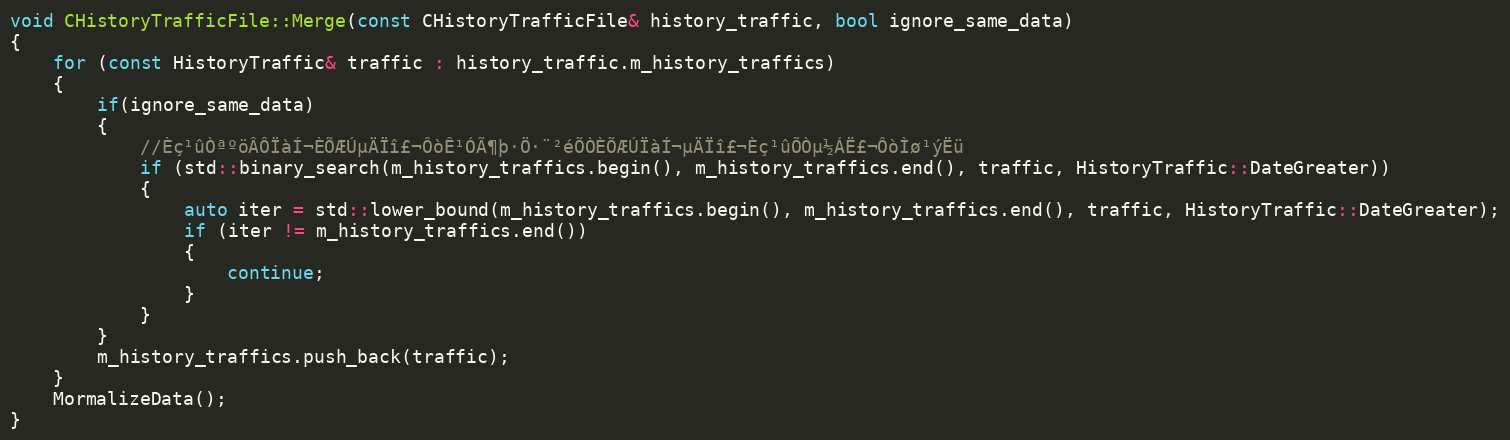
Language: C++
void CHistoryTrafficFile::Merge(const CHistoryTrafficFile& history_traffic, bool ignore_same_data)
{
	for (const HistoryTraffic& traffic : history_traffic.m_history_traffics)
	{
		if(ignore_same_data)
		{
			//Èç¹ûÒªºöÂÔÏàÍ¬ÈÕÆÚµÄÏî£¬ÔòÊ¹ÓÃ¶þ·Ö·¨²éÕÒÈÕÆÚÏàÍ¬µÄÏî£¬Èç¹ûÕÒµ½ÁË£¬ÔòÌø¹ýËü
			if (std::binary_search(m_history_traffics.begin(), m_history_traffics.end(), traffic, HistoryTraffic::DateGreater))
			{
				auto iter = std::lower_bound(m_history_traffics.begin(), m_history_traffics.end(), traffic, HistoryTraffic::DateGreater);
				if (iter != m_history_traffics.end())
				{
					continue;
				}
			}
		}
		m_history_traffics.push_back(traffic);
	}
	MormalizeData();
}